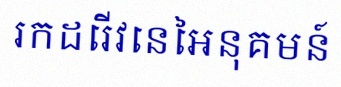
រកដេរីវេនៃអនុគមន៍